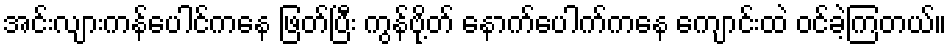
အင်းလျားကန်ပေါင်ကနေ ဖြတ်ပြီး ကွန်ဗို့တ် နောက်ပေါက်ကနေ ကျောင်းထဲ ဝင်ခဲ့ကြတယ်။